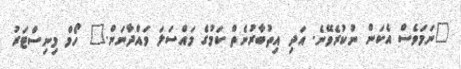
"ނަމަވެސް އެކަން ނުކުރެވޭނެ. އަދި އިތުބާރުނެތް ކަމުގެ މައްސަލަ ވައްދާނަން." ހޯމް މިނިސްޓަރު